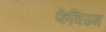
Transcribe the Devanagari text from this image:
फेविज्म